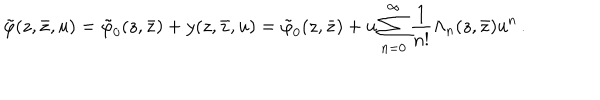
\tilde { \varphi } ( z , \bar { z } , u ) = \tilde { \varphi } _ { 0 } ( z , \bar { z } ) + y ( z , \bar { z } , u ) = \tilde { \varphi } _ { 0 } ( z , \bar { z } ) + u \sum _ { n = 0 } ^ { \infty } \frac { 1 } { n ! } \Lambda _ { n } ( z , \bar { z } ) u ^ { n } \, .